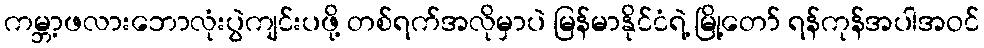
ကမ္ဘာ့ဖလားဘောလုံးပွဲကျင်းပဖို့ တစ်ရက်အလိုမှာပဲ မြန်မာနိုင်ငံရဲ့ မြို့တော် ရန်ကုန်အပါအဝင်